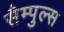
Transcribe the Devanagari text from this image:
सैम्पुल्स